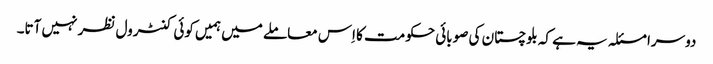
دوسرا مسئلہ یہ ہے کہ بلوچستان کی صوبائی حکومت کا اِس معاملے میں ہمیں کوئی کنٹرول نظر نہیں آتا۔